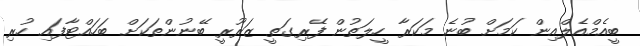
ބީއެމްއެލްއިން ކަމަށް ބުނެ މަކަރާ ހީލަތުން ފޭރިގަތީ ޒަރޫރީ ބޭނުންތަކަށް ބަހައްޓާފައި ހުރި